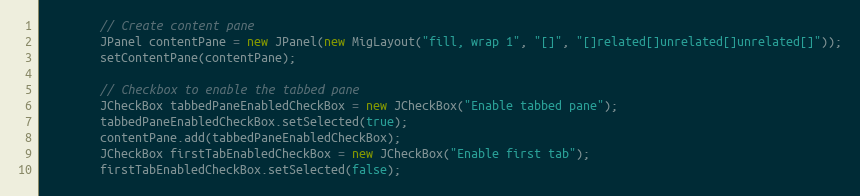
Language: Java
        // Create content pane
        JPanel contentPane = new JPanel(new MigLayout("fill, wrap 1", "[]", "[]related[]unrelated[]unrelated[]"));
        setContentPane(contentPane);

        // Checkbox to enable the tabbed pane
        JCheckBox tabbedPaneEnabledCheckBox = new JCheckBox("Enable tabbed pane");
        tabbedPaneEnabledCheckBox.setSelected(true);
        contentPane.add(tabbedPaneEnabledCheckBox);
        JCheckBox firstTabEnabledCheckBox = new JCheckBox("Enable first tab");
        firstTabEnabledCheckBox.setSelected(false);